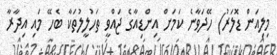
މިލިއަން ޑޮލަރު) ހޭދަވާނެ ކަމަށް އިންޑިއާގެ ޖައްވީ ތަހުލީލުތަކާ ބެހޭ މައި އިދާރާ